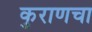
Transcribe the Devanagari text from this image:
कुराणचा